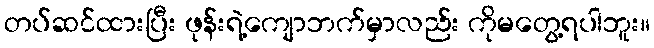
တပ်ဆင်ထားပြီး ဖုန်းရဲ့ကျောဘက်မှာလည်း ကိုမတွေ့ရပါဘူး။